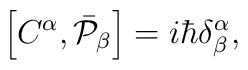
\left[  C^{\alpha},\bar{{\cal P}}_{\beta}\right]  =i\hbar\delta_{\beta}^{\alpha},